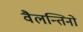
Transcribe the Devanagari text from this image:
वैलन्तिनो